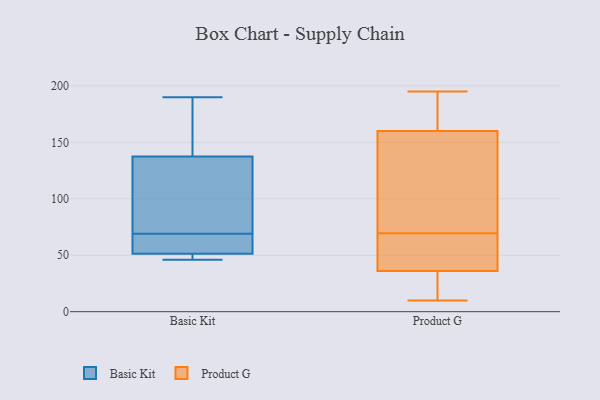
{"axis": {"x": "Customer Acquisition Cost (USD)", "y": "Value"}, "legend": ["Basic Kit", "Product G"], "data": [{"x": "", "y": 112, "type": "Basic Kit"}, {"x": "", "y": 46, "type": "Basic Kit"}, {"x": "", "y": 169, "type": "Basic Kit"}, {"x": "", "y": 59, "type": "Basic Kit"}, {"x": "", "y": 50, "type": "Basic Kit"}, {"x": "", "y": 79, "type": "Basic Kit"}, {"x": "", "y": 190, "type": "Basic Kit"}, {"x": "", "y": 47, "type": "Basic Kit"}, {"x": "", "y": 55, "type": "Basic Kit"}, {"x": "", "y": 146, "type": "Basic Kit"}, {"x": "", "y": 69, "type": "Basic Kit"}, {"x": "", "y": 80, "type": "Product G"}, {"x": "", "y": 195, "type": "Product G"}, {"x": "", "y": 165, "type": "Product G"}, {"x": "", "y": 10, "type": "Product G"}, {"x": "", "y": 38, "type": "Product G"}, {"x": "", "y": 65, "type": "Product G"}, {"x": "", "y": 66, "type": "Product G"}, {"x": "", "y": 151, "type": "Product G"}, {"x": "", "y": 23, "type": "Product G"}, {"x": "", "y": 34, "type": "Product G"}, {"x": "", "y": 170, "type": "Product G"}, {"x": "", "y": 186, "type": "Product G"}, {"x": "", "y": 155, "type": "Product G"}, {"x": "", "y": 15, "type": "Product G"}, {"x": "", "y": 79, "type": "Product G"}, {"x": "", "y": 62, "type": "Product G"}, {"x": "", "y": 33, "type": "Product G"}, {"x": "", "y": 39, "type": "Product G"}, {"x": "", "y": 73, "type": "Product G"}, {"x": "", "y": 194, "type": "Product G"}]}